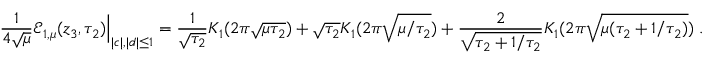
{ \frac { 1 } { 4 \sqrt { \mu } } } { \mathcal E } _ { 1 , \mu } ( z _ { 3 } , \tau _ { 2 } ) \Big | _ { | c | , | d | \leq 1 } = { \frac { 1 } { \sqrt { \tau _ { 2 } } } } K _ { 1 } ( 2 \pi \sqrt { \mu \tau _ { 2 } } ) + \sqrt { \tau _ { 2 } } K _ { 1 } ( 2 \pi \sqrt { \mu / \tau _ { 2 } } ) + { \frac { 2 } { \sqrt { \tau _ { 2 } + 1 / \tau _ { 2 } } } } K _ { 1 } ( 2 \pi \sqrt { \mu ( \tau _ { 2 } + 1 / \tau _ { 2 } ) } ) \; .